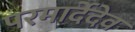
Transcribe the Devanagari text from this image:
परमार्देदेव